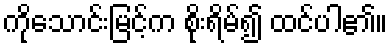
ကိုသောင်းမြင့်က စိုးရိမ်၍ ထင်ပါ၏။